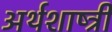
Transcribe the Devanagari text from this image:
अर्थशाष्त्री